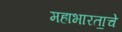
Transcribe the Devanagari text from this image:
महाभारता॒चे